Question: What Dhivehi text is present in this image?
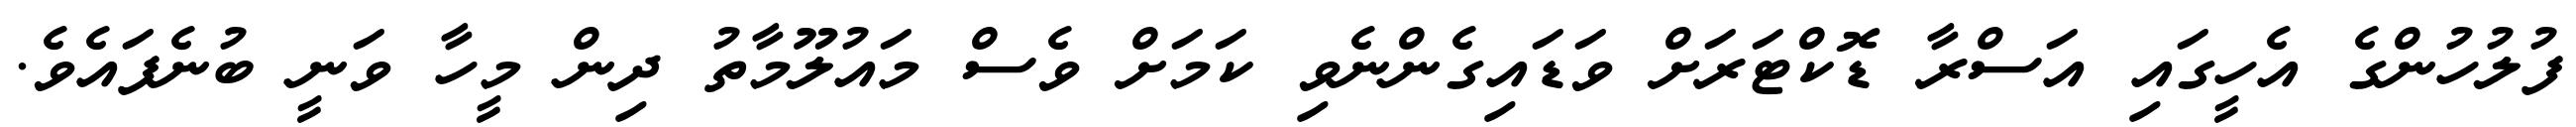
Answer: ފުލުހުންގެ އެހީގައި އަސްރާ ޑޮކްޓަރަށް ވަޑައިގެންނެވި ކަމަށް ވެސް މައުލޫމާތު ދިން މީހާ ވަނީ ބުނެފައެވެ.